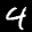
Label: 4